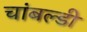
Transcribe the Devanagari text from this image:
चांबल्डी